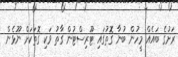
ރަށުގެ ބައެއް މީހުން ބުނާ ގޮތުގައި ޓޫރިސްޓުން ގާތު ވަކި ގޮތަކަށް ނޫޅެން